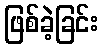
ဖြစ်ခဲ့ခြင်း